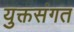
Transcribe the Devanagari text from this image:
युक्तसंगत